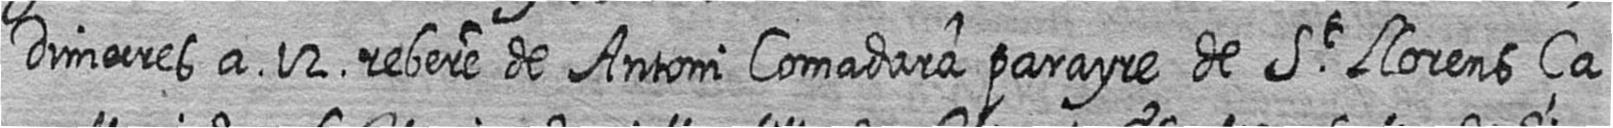
Dimecres a 12 rebere de Antoni Comadara parayre de St Llorens ça